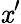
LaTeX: \mathit{x}^{\prime}